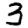
Digit: 3